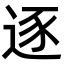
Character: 逐